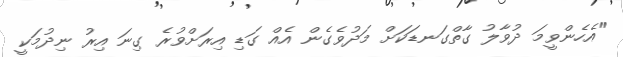
"އެހެންވީމަ ދުވާލު ގާތްގަނޑަކަށް މަދުވެގެން އެއް ގަޑި އިރަށްވުރެ ގިނަ އިރު ނިދުމަކީ